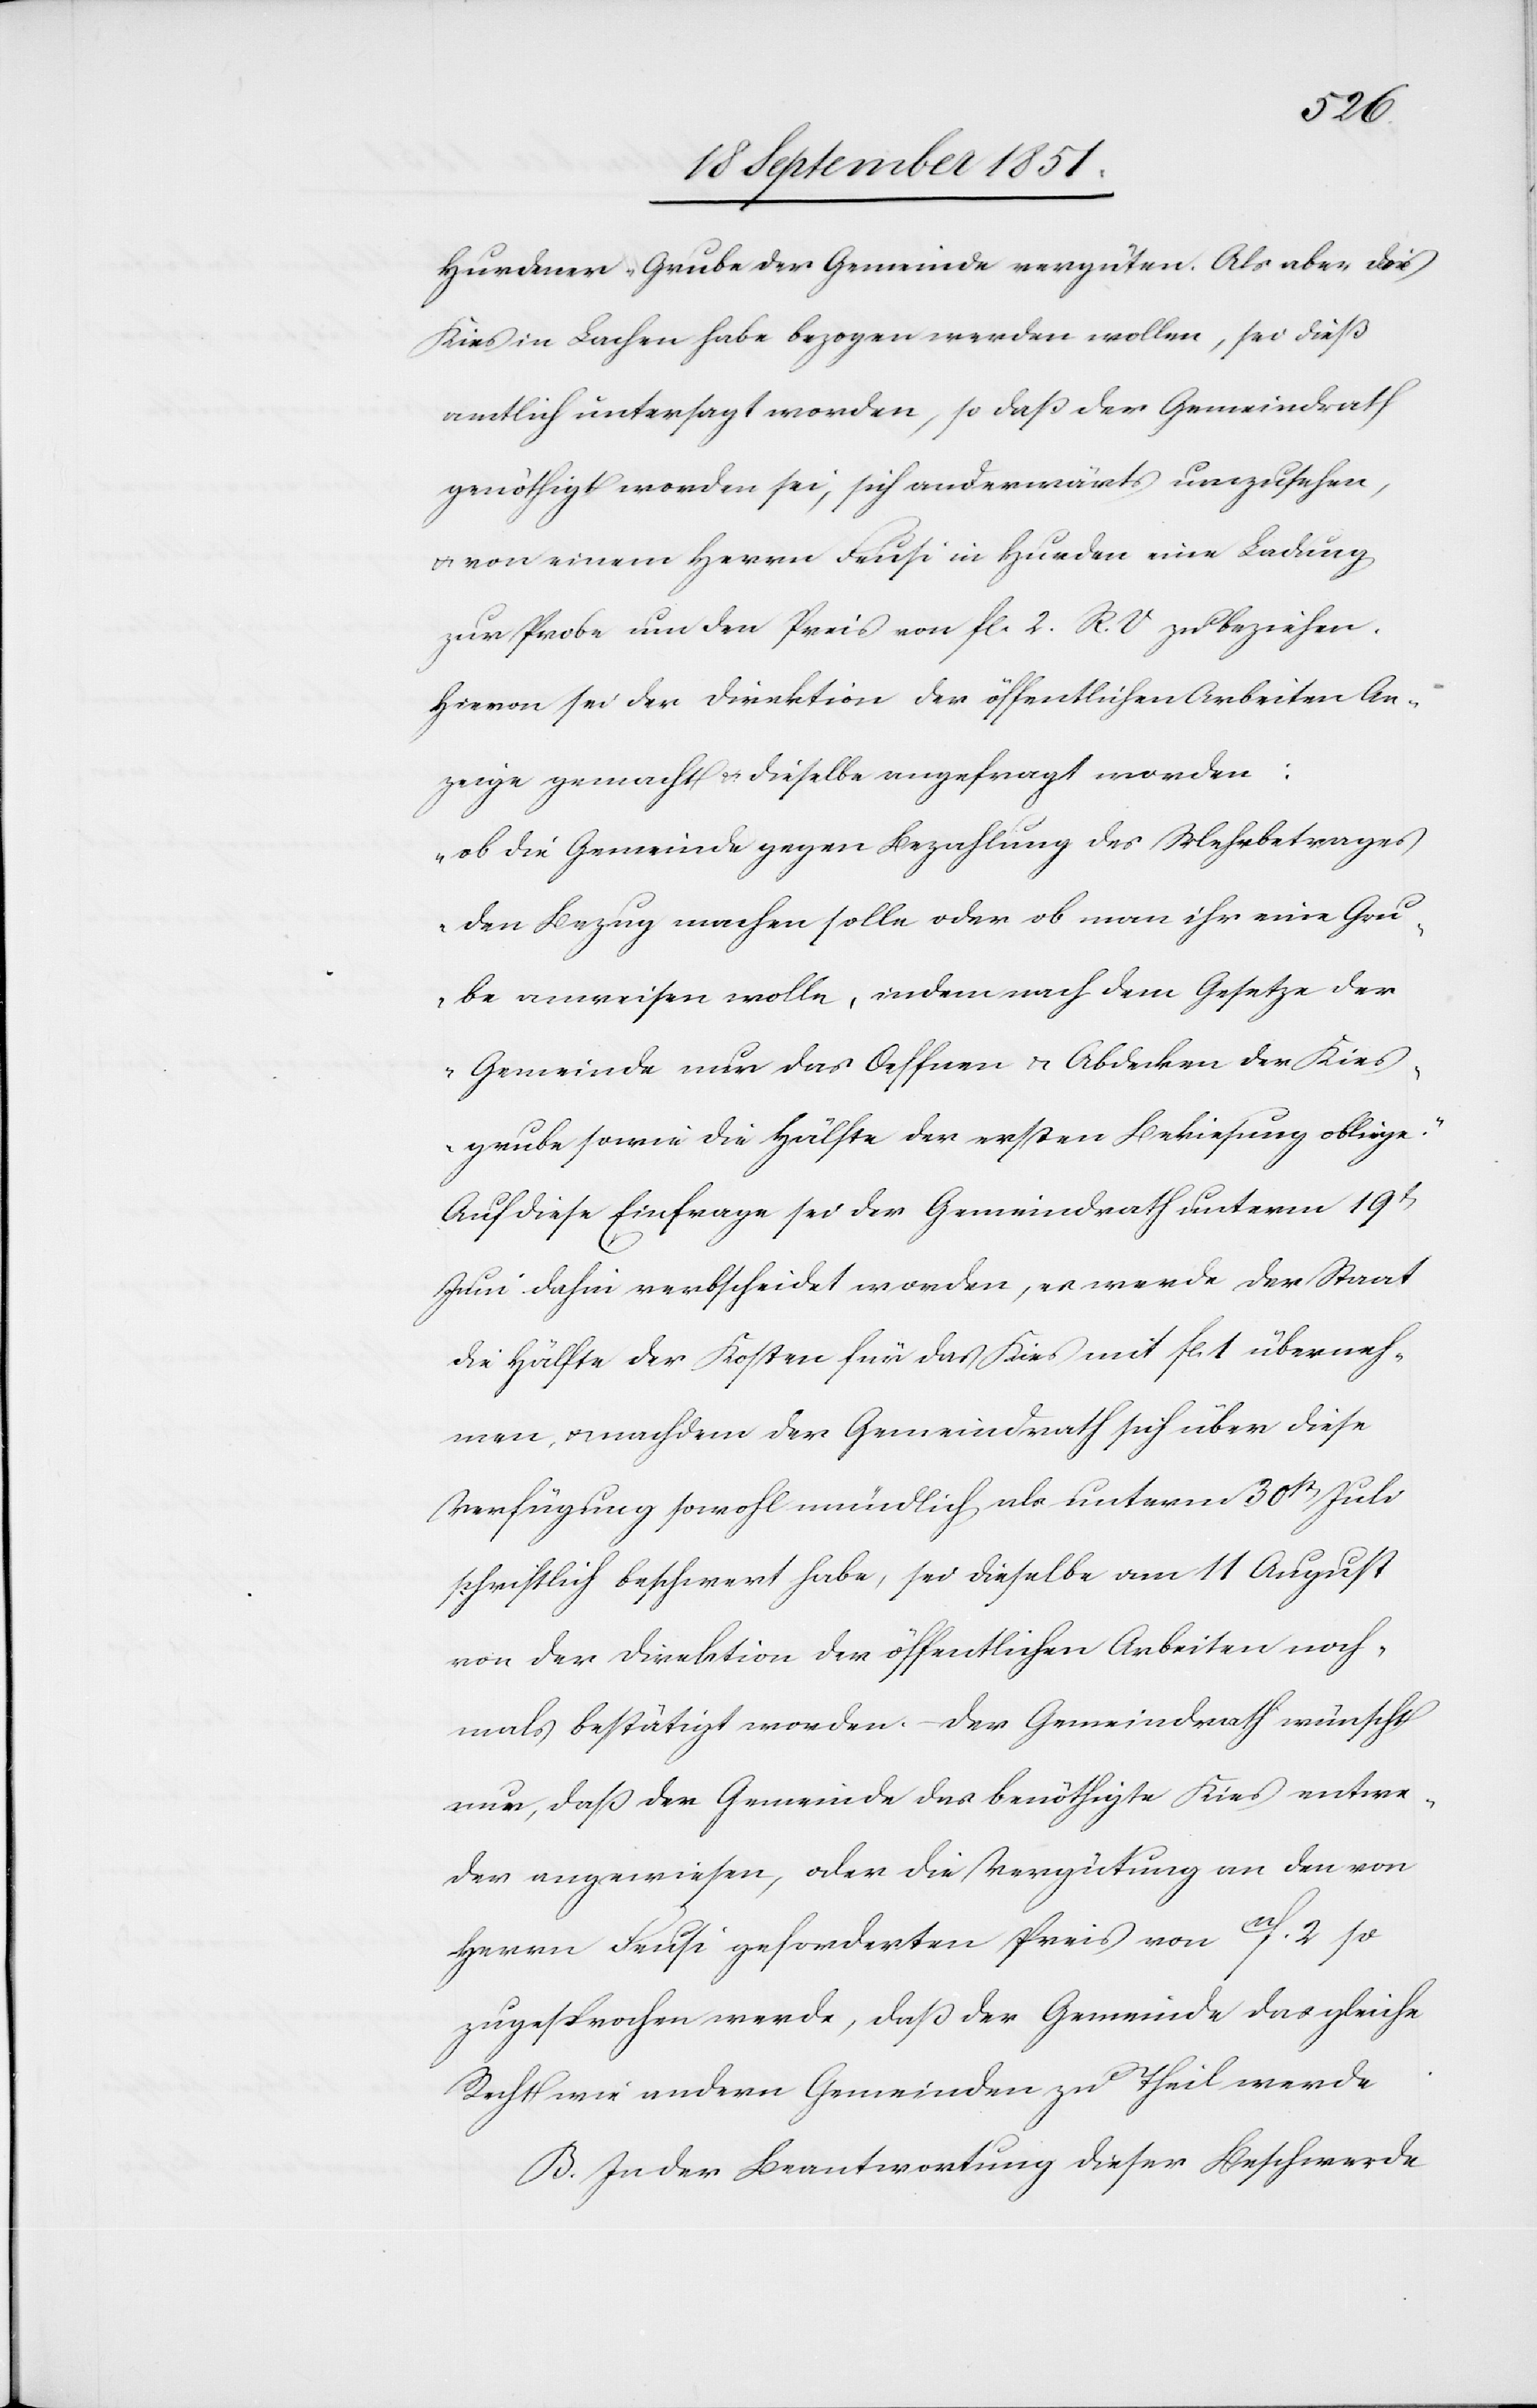
Hurdener-Grube der Gemeinde vergüten. Als aber das
Kies in Lachen habe bezogen werden wollen, sei dieß
amtlich untersagt worden, so daß der Gemeindrath
genöthigt worden sei, sich anderwärts umzusehen,
& von einem Herrn Feusi in Hurden eine Ladung
zur Probe um den Preis von fl. 2. R. V zu beziehen.
Hievon sei der Direktion der öffentlichen Arbeiten An¬
zeige gemacht & dieselbe angefragt worden:
„ob die Gemeinde gegen Bezahlung des Mehrbetrages
den Bezug machen solle oder ob man ihr eine Gru¬
be anweisen wolle, indem nach dem Gesetze der
Gemeinde nur das Oeffnen & Abdecken der Kies¬
grube sowie die Hälfte der ersten Bekiesung obliege.“
Auf diese Einfrage sei der Gemeindrath unterm 19t
Juni dahin verbscheidet worden, es werde der Staat
die Hälfte der Kosten für das Kies mit fl. 1 überneh¬
men, & nachdem der Gemeindrath sich über diese
Verfügung sowohl mündlich als unterm 30st[en] Juli
schriftlich beschwert habe, sei dieselbe am 11 August
von der Direktion der öffentlichen Arbeiten noch¬
mals bestätigt worden. – Der Gemeindrath wünscht
nun, daß der Gemeinde das benöthigte Kies entwe¬
der angewiesen, oder die Vergütung an den von
Herrn Feusi geforderten Preis von 11f. 2 so
zugesprochen werde, daß der Gemeinde das gleiche
Recht wie andern Gemeinden zu Theil werde.
B. In der Beantwortung dieser Beschwerde